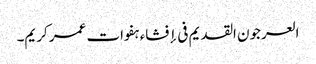
العرجون القدیم فی إفشاء ہفوات عمر کریم۔